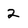
Character: 2